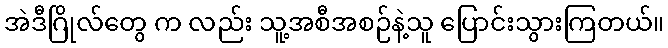
အဲဒီဂြိုလ်တွေ က လည်း သူ့အစီအစဉ်နဲ့သူ ပြောင်းသွားကြတယ်။